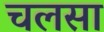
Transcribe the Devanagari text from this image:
चलसा